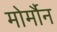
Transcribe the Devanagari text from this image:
मोर्मौन